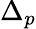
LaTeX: \Delta_{p}